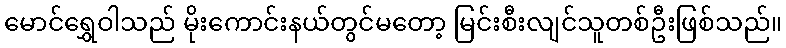
မောင်ရွှေဝါသည် မိုးကောင်းနယ်တွင်မတော့ မြင်းစီးလျင်သူတစ်ဦးဖြစ်သည်။